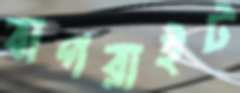
বাগরাইট